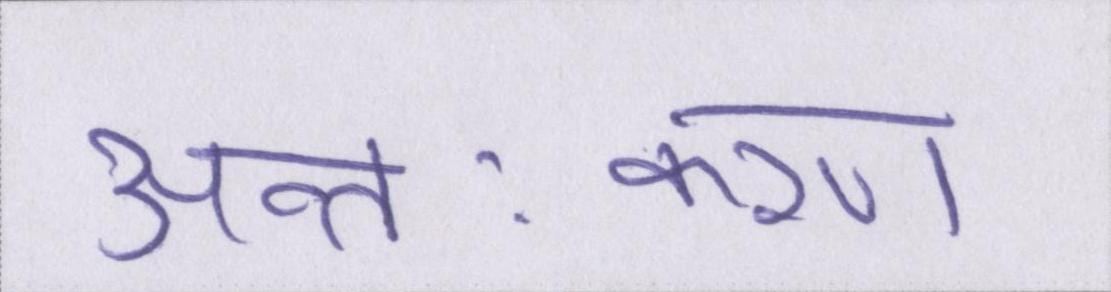
अन्तःकरण